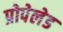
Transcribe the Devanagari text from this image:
प्रोपेलेड